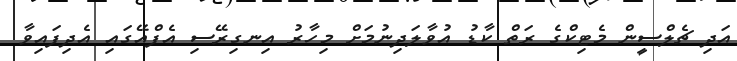
އަދި ޗެލްސީން މެޓިކްގެ ރަތް ކާޑު އުވާލަދިނުމަށް މިހާރު އިނގިރޭސި އެފްއޭގައި އެދިފައިވާ